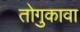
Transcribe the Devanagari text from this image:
तोगुकावा